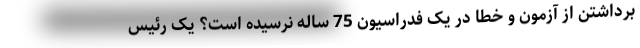
برداشتن از آزمون و خطا در یک فدراسیون 75 ساله نرسیده است؟ یک رئیس